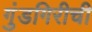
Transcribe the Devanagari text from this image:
गुंडगिरीची